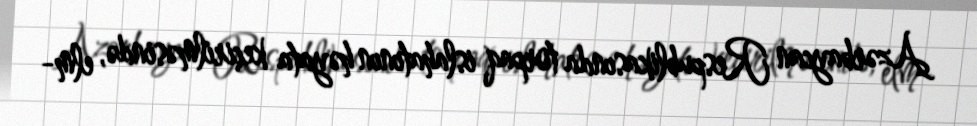
Azərbaycan Respublikasında torpaq islahatının həyata keçirilməsində, elm-